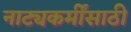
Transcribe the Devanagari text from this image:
नाट्यकर्मींसाठी